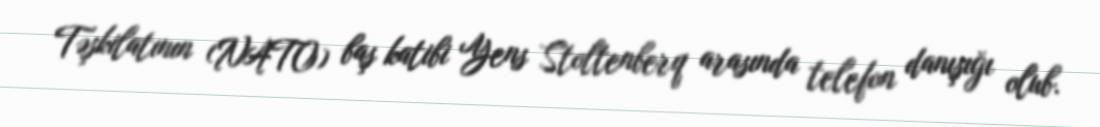
Təşkilatının (NATO) baş katibi Yens Stoltenberq arasında telefon danışığı olub.